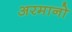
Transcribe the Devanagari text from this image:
अरमानो